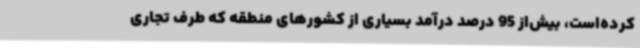
کرده‌است، بیش‌از 95 درصد درآمد بسیاری از کشورهای منطقه که طرف تجاری